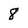
Character: 8